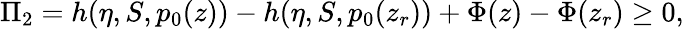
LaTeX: \Pi_{2}=h(\eta,S,p_{0}(z))-h(\eta,S,p_{0}(z_{r}))+\Phi(z)-\Phi(z_{r})\ge 0,